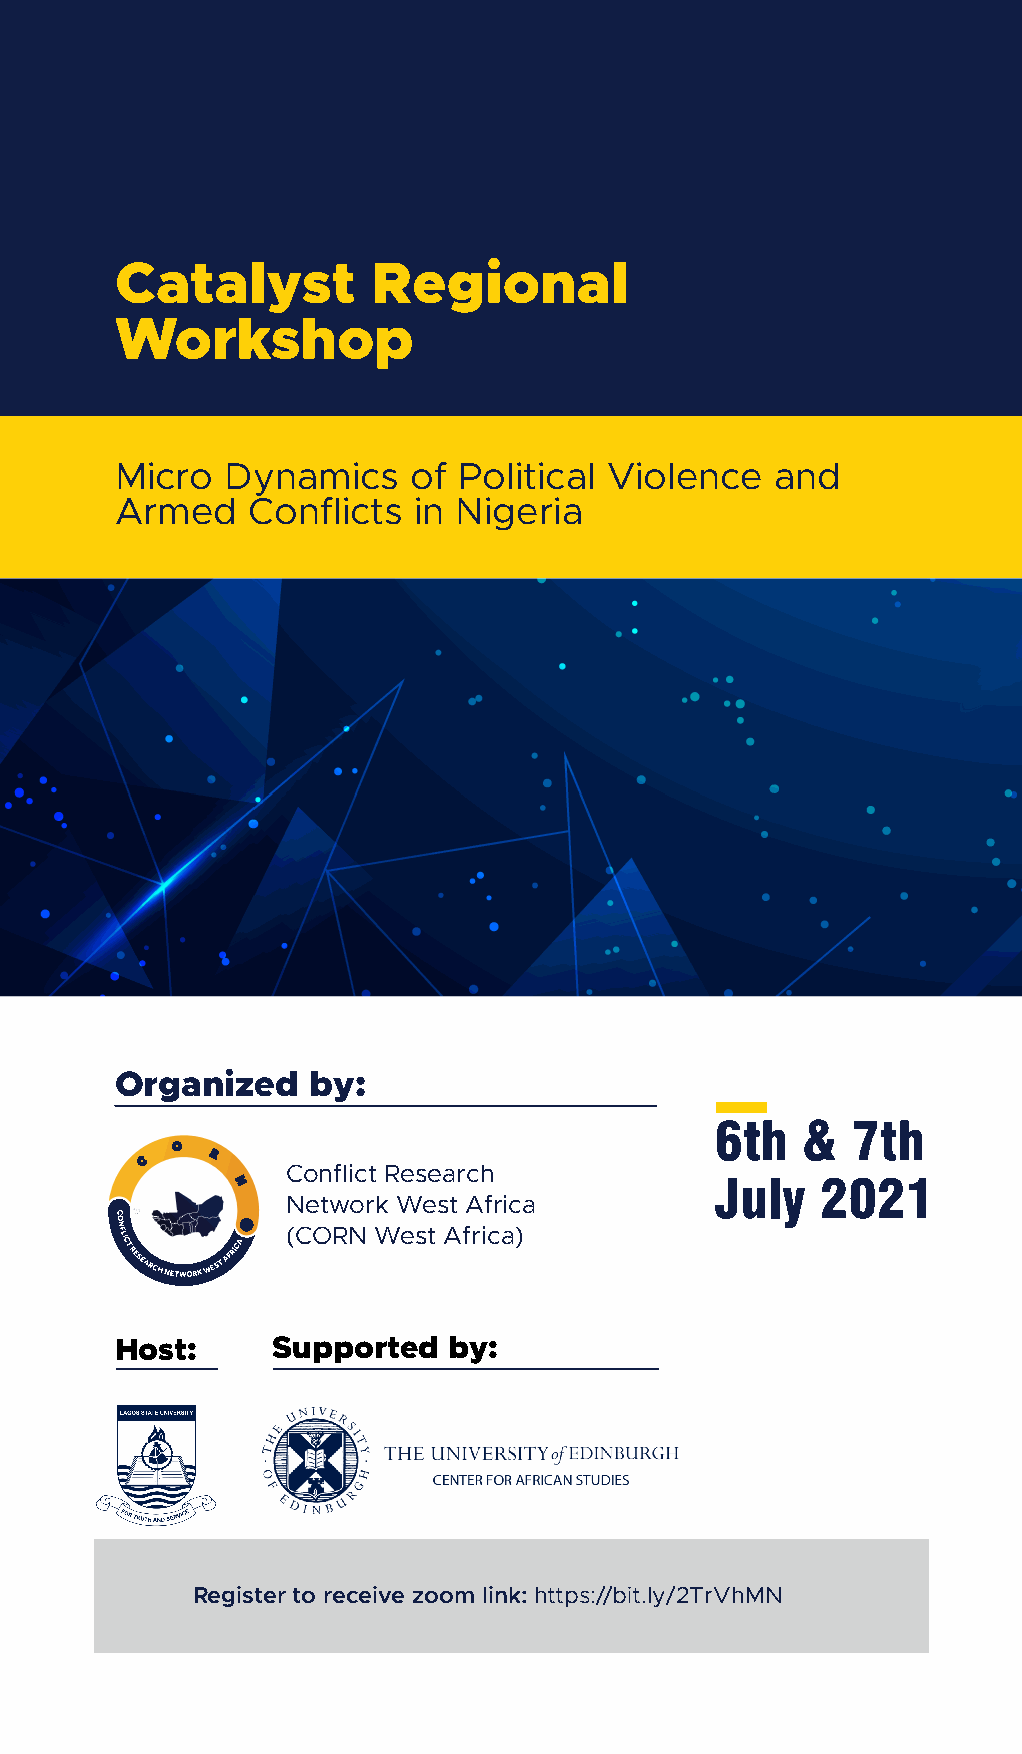
Catalyst         Regional
 Workshop
 Micro  Dynamics    of Political Violence   and
 Armed   Conflicts  in Nigeria
 Organized   by:
 6th   &  7th
 Conflict Research
 July   2021
 Network West Africa
 (CORN West Africa)
 Host:     Supported   by:
 Register to receive zoom link: https://bit.ly/2TrVhMN